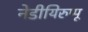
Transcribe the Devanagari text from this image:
नेडीयिरुप्पू